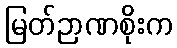
မြတ်ဉာဏစိုးက